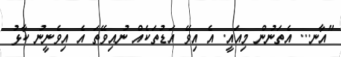
"އާނ... އެތަނުން މިއައީ. އެ އިވޭ އަޑުތަކެއް ނުއިވޭތަ އެ އިވެނީނު ކާޅު